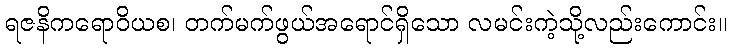
ရဇနိကရောဝိယစ၊ တက်မက်ဖွယ်အရောင်ရှိသော လမင်းကဲ့သို့လည်းကောင်း။